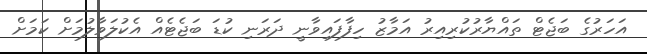
އަހަރުގެ ބަޖެޓް ތައްޔާރުުކުރިއިރު އަމާޒު ހިފާފައިވާނީ ދަރަނި ކުޑަ ބަޖެޓެއް އެކުލަވާލުމަށް ކަމަށް